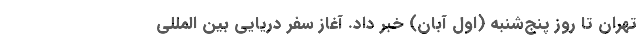
تهران تا روز پنج‌شنبه (اول آبان) خبر داد. آغاز سفر دریایی بین المللی